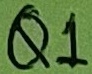
Text: Q1